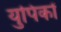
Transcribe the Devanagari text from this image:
युपिकों